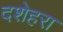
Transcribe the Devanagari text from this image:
दशेहरा